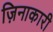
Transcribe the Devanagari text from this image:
ज़िनाकारी